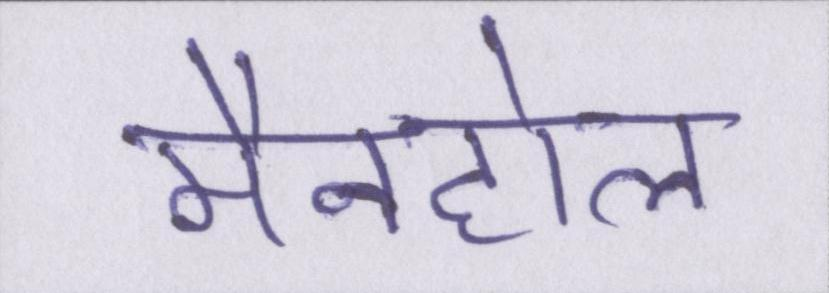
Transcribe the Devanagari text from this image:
मैनहोल